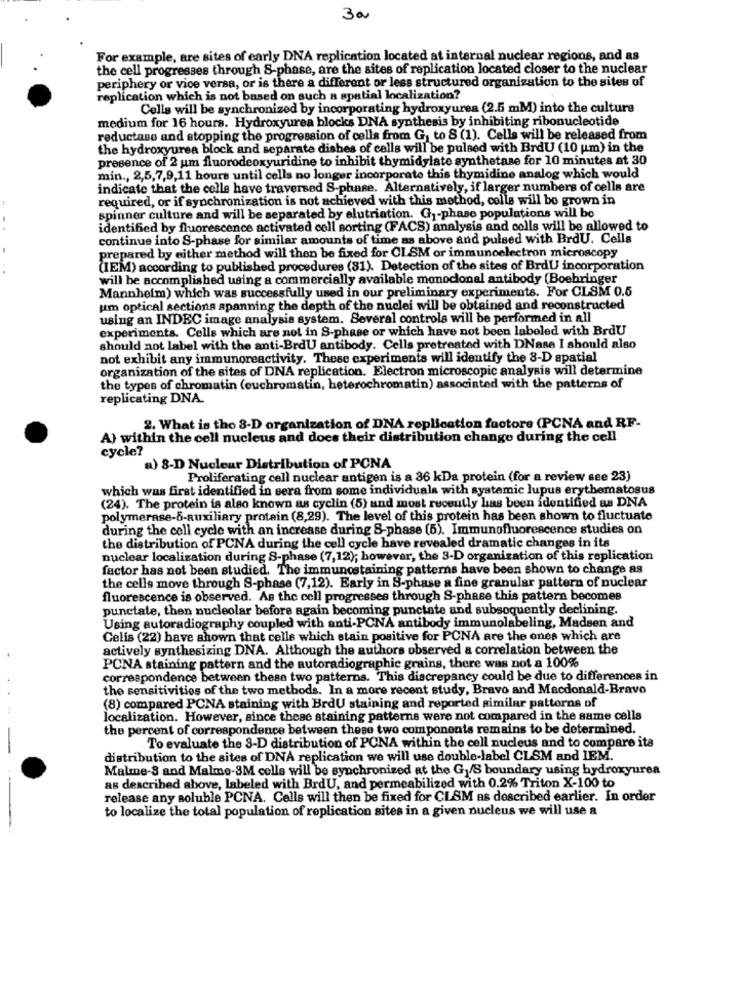
300
For example, are sites of early DNA replication located at internal nuclear regions, and as
the cell progresses through S-phase, are the sites of replication located closer to the nuclear
periphery or vice versa, or is there a different or less structured organization to the sites of
replication which is not based on such a spatial localization?
Cells will be synchronized by incorporating hydroxyurea (2.5 mM) into the culture
medium for 16 hours. Hydroxyurea blocks DNA synthesis by inhibiting ribonucleotide
reductase and stopping the progression of cells from G, to 8 (1). Cells will be released from
the hydroxyurea block and separate dishes of cells will be pulsed with BrdU (10 um) in the
presence of 2 um fluorodeoxyuridine to inhibit thymidylate synthetase for 10 minutes at 30
min ., 2,5,7,9,11 hours until cells no longer incorporate this thymidine analog which would
indicate that the celle have traversed S-phase. Alternatively, if larger numbers of cells are
required, or if synchronization is not achieved with this method, colle will be grown in
spinner culture and will be separated by elutriation. G1-phase populations will bo
identified by fluorescence activated coll sorting (FACS) analysis and colls will be allowed to
continue into S-phase for similar amounts of time as above and pulsed with BrdU. Cells
prepared by either method will then be fixed for CISM or immunoelectron microscopy
(IEM) according to published procedures (81). Detection of the sites of BrdU incorporation
will be accomplished using a commercially available monoclonal antibody (Boehringer
Mannheim) which was successfully used in our preliminary experiments. For CLSM 0.5
um optical sections apanning the depth of the nuclei will be obtained and reconstructed
using an INDEC image analysis system. Several controls will be performed in all
experiments. Cells which are not in S-phase or which have not been labeled with BrdU
should not label with the anti-BrdU antibody. Cells pretreated with DNase I should also
not exhibit any immunoreactivity. These experiments will identify the 8-D spatial
organization of the sites of DNA replication. Electron microscopic analysis will determine
the types of chromatin (euchromatin, heterochromatin) associated with the patterns of
replicating DNA.
2. What is tho 3-D organization of DNA replication factore (PCNA and RF.
A) within the cell nucleus and does their distribution change during the cell
cycle?
a) 8-D Nuclear Distribution of PCNA
Proliferating cell nuclear antigen is a 36 kDa protein (for a review see 23)
which was first identified in sera from some individuals with systemic lupus erythematosus
(24). The protein is also known as cyclin (5) and most recently has been identified as DNA
polymerase-8-auxiliary protain (8,29). The level of this protein has been shown to fluctuate
during the cell cycle with an increase during S-phase (5). Immunofluorescence studies on
the distribution of PCNA during the cell cycle have revealed dramatic changes in its
nuclear localization during 8-phase (7,12); however, the 3-D organization of this replication
factor has not been studied. The immunostaining patterns have been shown to change as
the cells move through S-phase (7,12). Early in S-phase a fine granular pattern of nuclear
fluorescence is observed. As the cell progresses through S-phase this pattern becomes
punctate, then nucleolar before again becoming punctate and subsoquently declining.
Using autoradiography coupled with anti-PCNA antibody immunolabeling, Madsen and
Celis (22) have shown that cells which stain positive for PCNA are the ones which are
actively synthesizing DNA. Although the authors observed a correlation between the
PCNA staining pattern and the autoradiographic grains, there was not a 100%
correspondence between these two patterns. This discrepancy could be due to differences in
the sensitivities of the two methods. In a more recent study, Bravo and Macdonald-Bravo
(8) compared PCNA staining with BrdU staining and reported similar patterns of
localization. However, since these staining patterns were not compared in the same cells
the percent of correspondence between these two components remains to be determined.
To evaluate the 3-D distribution of PCNA within the cell nucleus and to compare its
distribution to the sites of DNA replication we will use double-label CLSM and IEM.
Malme-S and Malme-3M cells will be synchronized at the G /S boundary using hydroxyurea
as described above, labeled with BrdU, and permeabilized with 0.2% Triton X-100 to
release any soluble PCNA. Cells will then be fixed for CLSM as described earlier. In order
to localize the total population of replication sites in a given nucleus we will use a